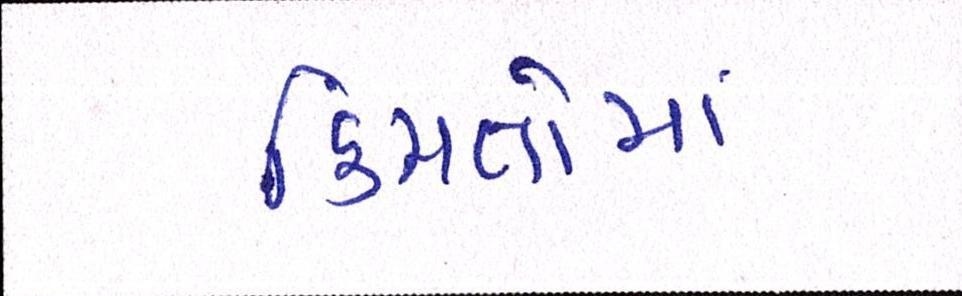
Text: કિંમતોમાં